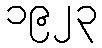
၁၉၂၃